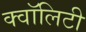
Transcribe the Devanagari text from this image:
क्वॉलिटी